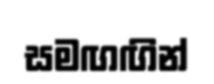
සමඟඟින්